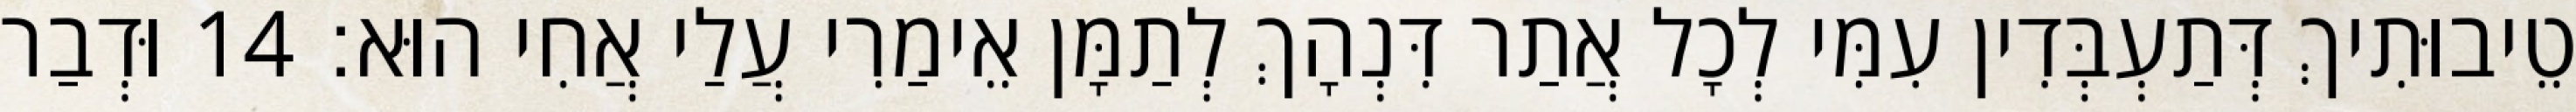
טֵיבוּתִיךְ דְּתַעְבְּדִין עִמִּי לְכָל אֲתַר דִּנְהָךְ לְתַמָּן אֵימַרִי עֲלַי אֲחִי הוּא׃ 14 וּדְבַר